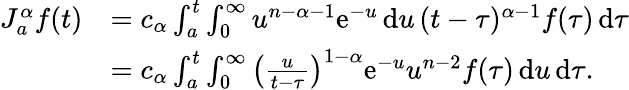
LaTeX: \begin{array}{rl}{J_{a}^{\alpha}f(t)}&{=c_{\alpha}\int_{a}^{t}\int_{0}^{\infty}u^{n-\alpha-1}\mathrm e^{-u}\, \mathrm du\, (t-\tau)^{\alpha-1}f(\tau)\, \mathrm d\tau}\\ &{=c_{\alpha}\int_{a}^{t}\int_{0}^{\infty}\left(\frac{u}{t-\tau}\right)^{1-\alpha}\mathrm e^{-u}u^{n-2}f(\tau)\, \mathrm du\, \mathrm d\tau.}\end{array}